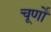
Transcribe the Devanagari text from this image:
चूर्णों